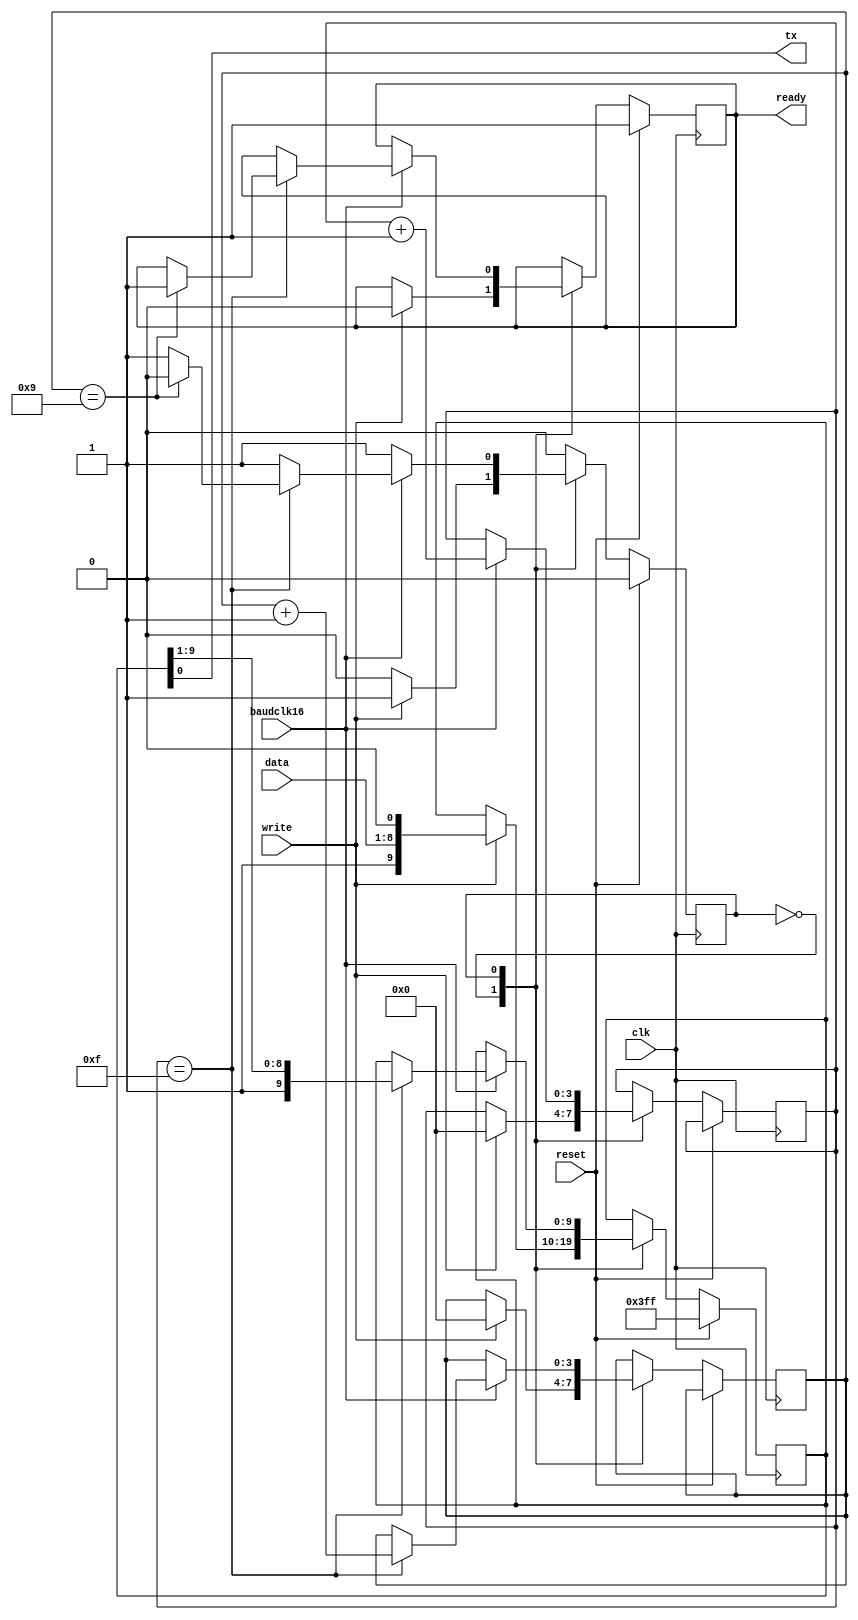
// UART transmitter and receiver
//
// GNSS Firehose
// Copyright (c) 2012 Peter Monta <pmonta@gmail.com>

module uart_tx(
  input clk, reset,
  input baudclk16,
  output tx,
  input [7:0] data,
  output reg ready,
  input write
);

  localparam
    IDLE = 1'b0,
    XMIT = 1'b1;

  reg [9:0] bits;
  reg [3:0] sb;
  reg [3:0] bit;
  reg state;

  always @(posedge clk)
    if (reset) begin
      state <= IDLE;
      ready <= 1;
      bits <= 10'b1111111111;
    end else
      case (state)
        IDLE:
          if (write) begin
            ready <= 0;
            bits <= {1'b1,data,1'b0};
            bit <= 4'd0;
            sb <= 4'd0;
            state <= XMIT;
          end
        XMIT:
          if (baudclk16) begin
            sb <= sb + 1;
            if (sb==4'd15) begin
              bits <= {1'b1,bits[9:1]};
              bit <= bit + 1;
              if (bit==4'd9) begin
                ready <= 1;
                state <= IDLE;
              end
            end
          end
      endcase

  assign tx = bits[0];

endmodule

module uart_rx(
  input clk, reset,
  input baudclk16,
  input rx,
  output reg [7:0] data,
  output reg ready,
  input read
);

  localparam [1:0]
    IDLE =  2'd0,
    START = 2'd1,
    RX =    2'd2,
    STOP =  2'd3;

  reg [7:0] bits;
  reg [3:0] sb;
  reg [3:0] bit;
  reg [1:0] state;

  always @(posedge clk)
    if (reset) begin
      state <= IDLE;
      ready <= 0;
      data <= 0;
    end else begin
      if (read)
        ready <= 0;
      case (state)
        IDLE:
          if (!rx) begin
            sb <= 3'd0;
            state <= START;
          end
        START:
          if (baudclk16) begin
            if (sb==4'd7) begin
              bit <= 4'd0;
              sb <= 4'd0;
              state <= RX;
            end else
              sb <= sb + 1;
          end
        RX:
          if (baudclk16) begin
            sb <= sb + 1;
            if (sb==4'd15) begin
              bits <= {rx,bits[7:1]};
              bit <= bit + 1;
              if (bit==4'd7)
                state <= STOP;
            end
          end
        STOP:
          if (baudclk16) begin
            sb <= sb + 1;
            if (sb==4'd15) begin
              data <= bits;
              ready <= 1;
              state <= IDLE;
            end
          end
      endcase
    end

endmodule